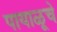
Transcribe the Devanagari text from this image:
पायाळूचे